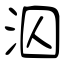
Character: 泅